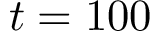
t = 1 0 0